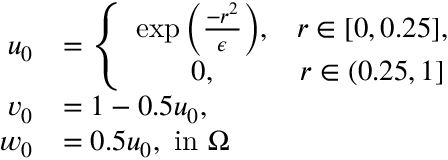
\begin{array} { r l } { u _ { 0 } } & { = \left\{ \begin{array} { c c } { \exp { \left( \frac { - r ^ { 2 } } { \epsilon } \right) } , } & { r \in [ 0 , 0 . 2 5 ] , } \\ { 0 , } & { r \in ( 0 . 2 5 , 1 ] } \end{array} \right. } \\ { v _ { 0 } } & { = 1 - 0 . 5 u _ { 0 } , } \\ { w _ { 0 } } & { = 0 . 5 u _ { 0 } , \mathrm { ~ i n ~ } \Omega } \end{array}